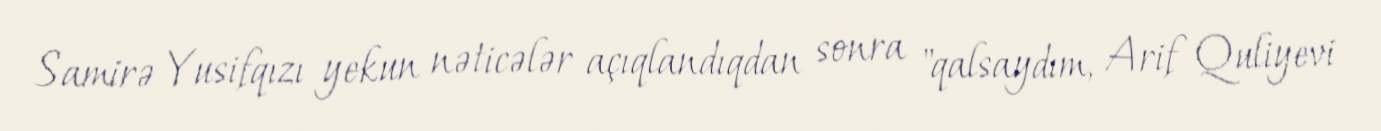
Samirə Yusifqızı yekun nəticələr açıqlandıqdan sonra "qalsaydım, Arif Quliyevi